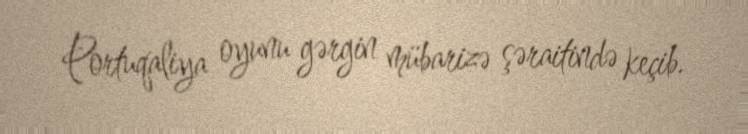
Portuqaliya oyunu gərgin mübarizə şəraitində keçib.